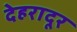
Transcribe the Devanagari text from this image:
देहरादूर